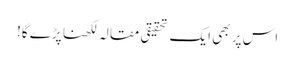
اس پر بھی ایک تحقیقی مقالہ لکھنا پڑے گا!